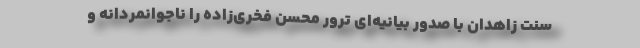
سنت زاهدان با صدور بیانیه‌ای ترور محسن فخری‌زاده را ناجوانمردانه و